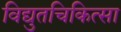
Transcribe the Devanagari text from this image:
विद्युतचिकित्सा